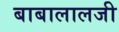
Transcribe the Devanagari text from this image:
बाबालालजी